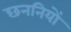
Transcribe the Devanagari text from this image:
छननियों